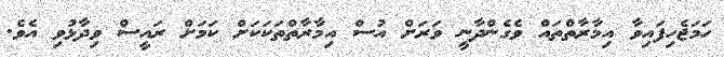
ހަމަޖެހިފައިވާ އިމާރާތްތައް ވެގެންދާނީ ވަރަށް އުސް އިމާރާތްތަކަކަށް ކަމަށް ރައީސް ވިދާޅުވި އެވެ.